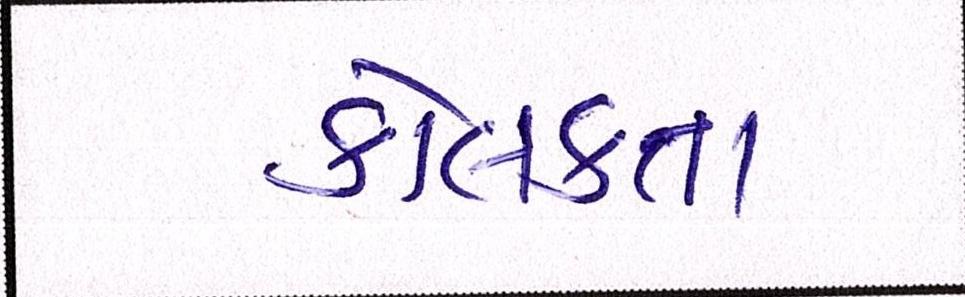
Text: કોલકતા